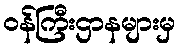
ဝန်ကြီးဌာနများမှ